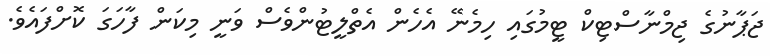
ޖަޕާނުގެ ޖިމްނާސްޓިކް ޓީމުގައި ހިމެނޭ އެހެން އެތްލީޓުންވެސް ވަނީ މިކަން ފާހަގަ ކޮށްފައެވެ.